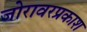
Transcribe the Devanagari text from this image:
जोरावरप्रकाश